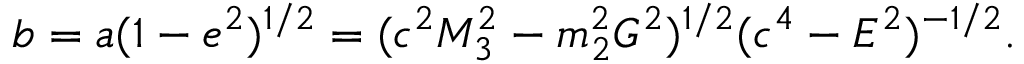
b = a ( 1 - e ^ { 2 } ) ^ { 1 / 2 } = ( c ^ { 2 } M _ { 3 } ^ { 2 } - m _ { 2 } ^ { 2 } G ^ { 2 } ) ^ { 1 / 2 } ( c ^ { 4 } - E ^ { 2 } ) ^ { - 1 / 2 } .